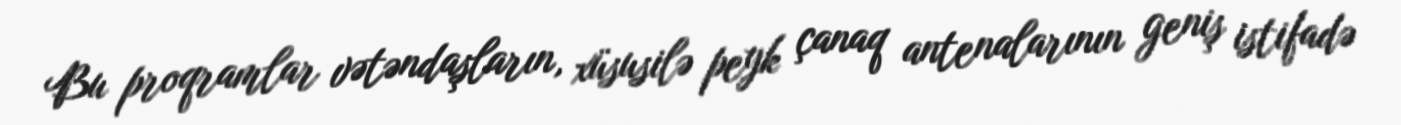
Bu proqramlar vətəndaşların, xüsusilə peyk çanaq antenalarının geniş istifadə